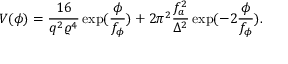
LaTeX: V ( \phi ) = \frac { 1 6 } { q ^ { 2 } \varrho ^ { 4 } } \exp ( \frac { \phi } { f _ { \phi } } ) + 2 \pi ^ { 2 } \frac { f _ { a } ^ { 2 } } { \Delta ^ { 2 } } \exp ( - 2 \frac { \phi } { f _ { \phi } } ) .